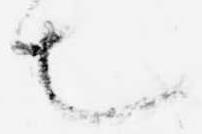
也